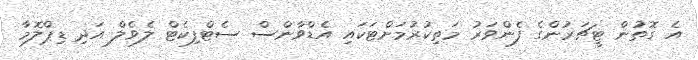
އެ ގޮތުން ޓީޗަރުންގެ ފެންވަރު މަތިކުރުމަށްޓަކައި އެޑްވާންސް ސެޓްފިކެޓް ލެވެލް އަދި ޑިޕްލޮމާ